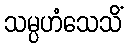
သမ္ပဟံသေသိံ